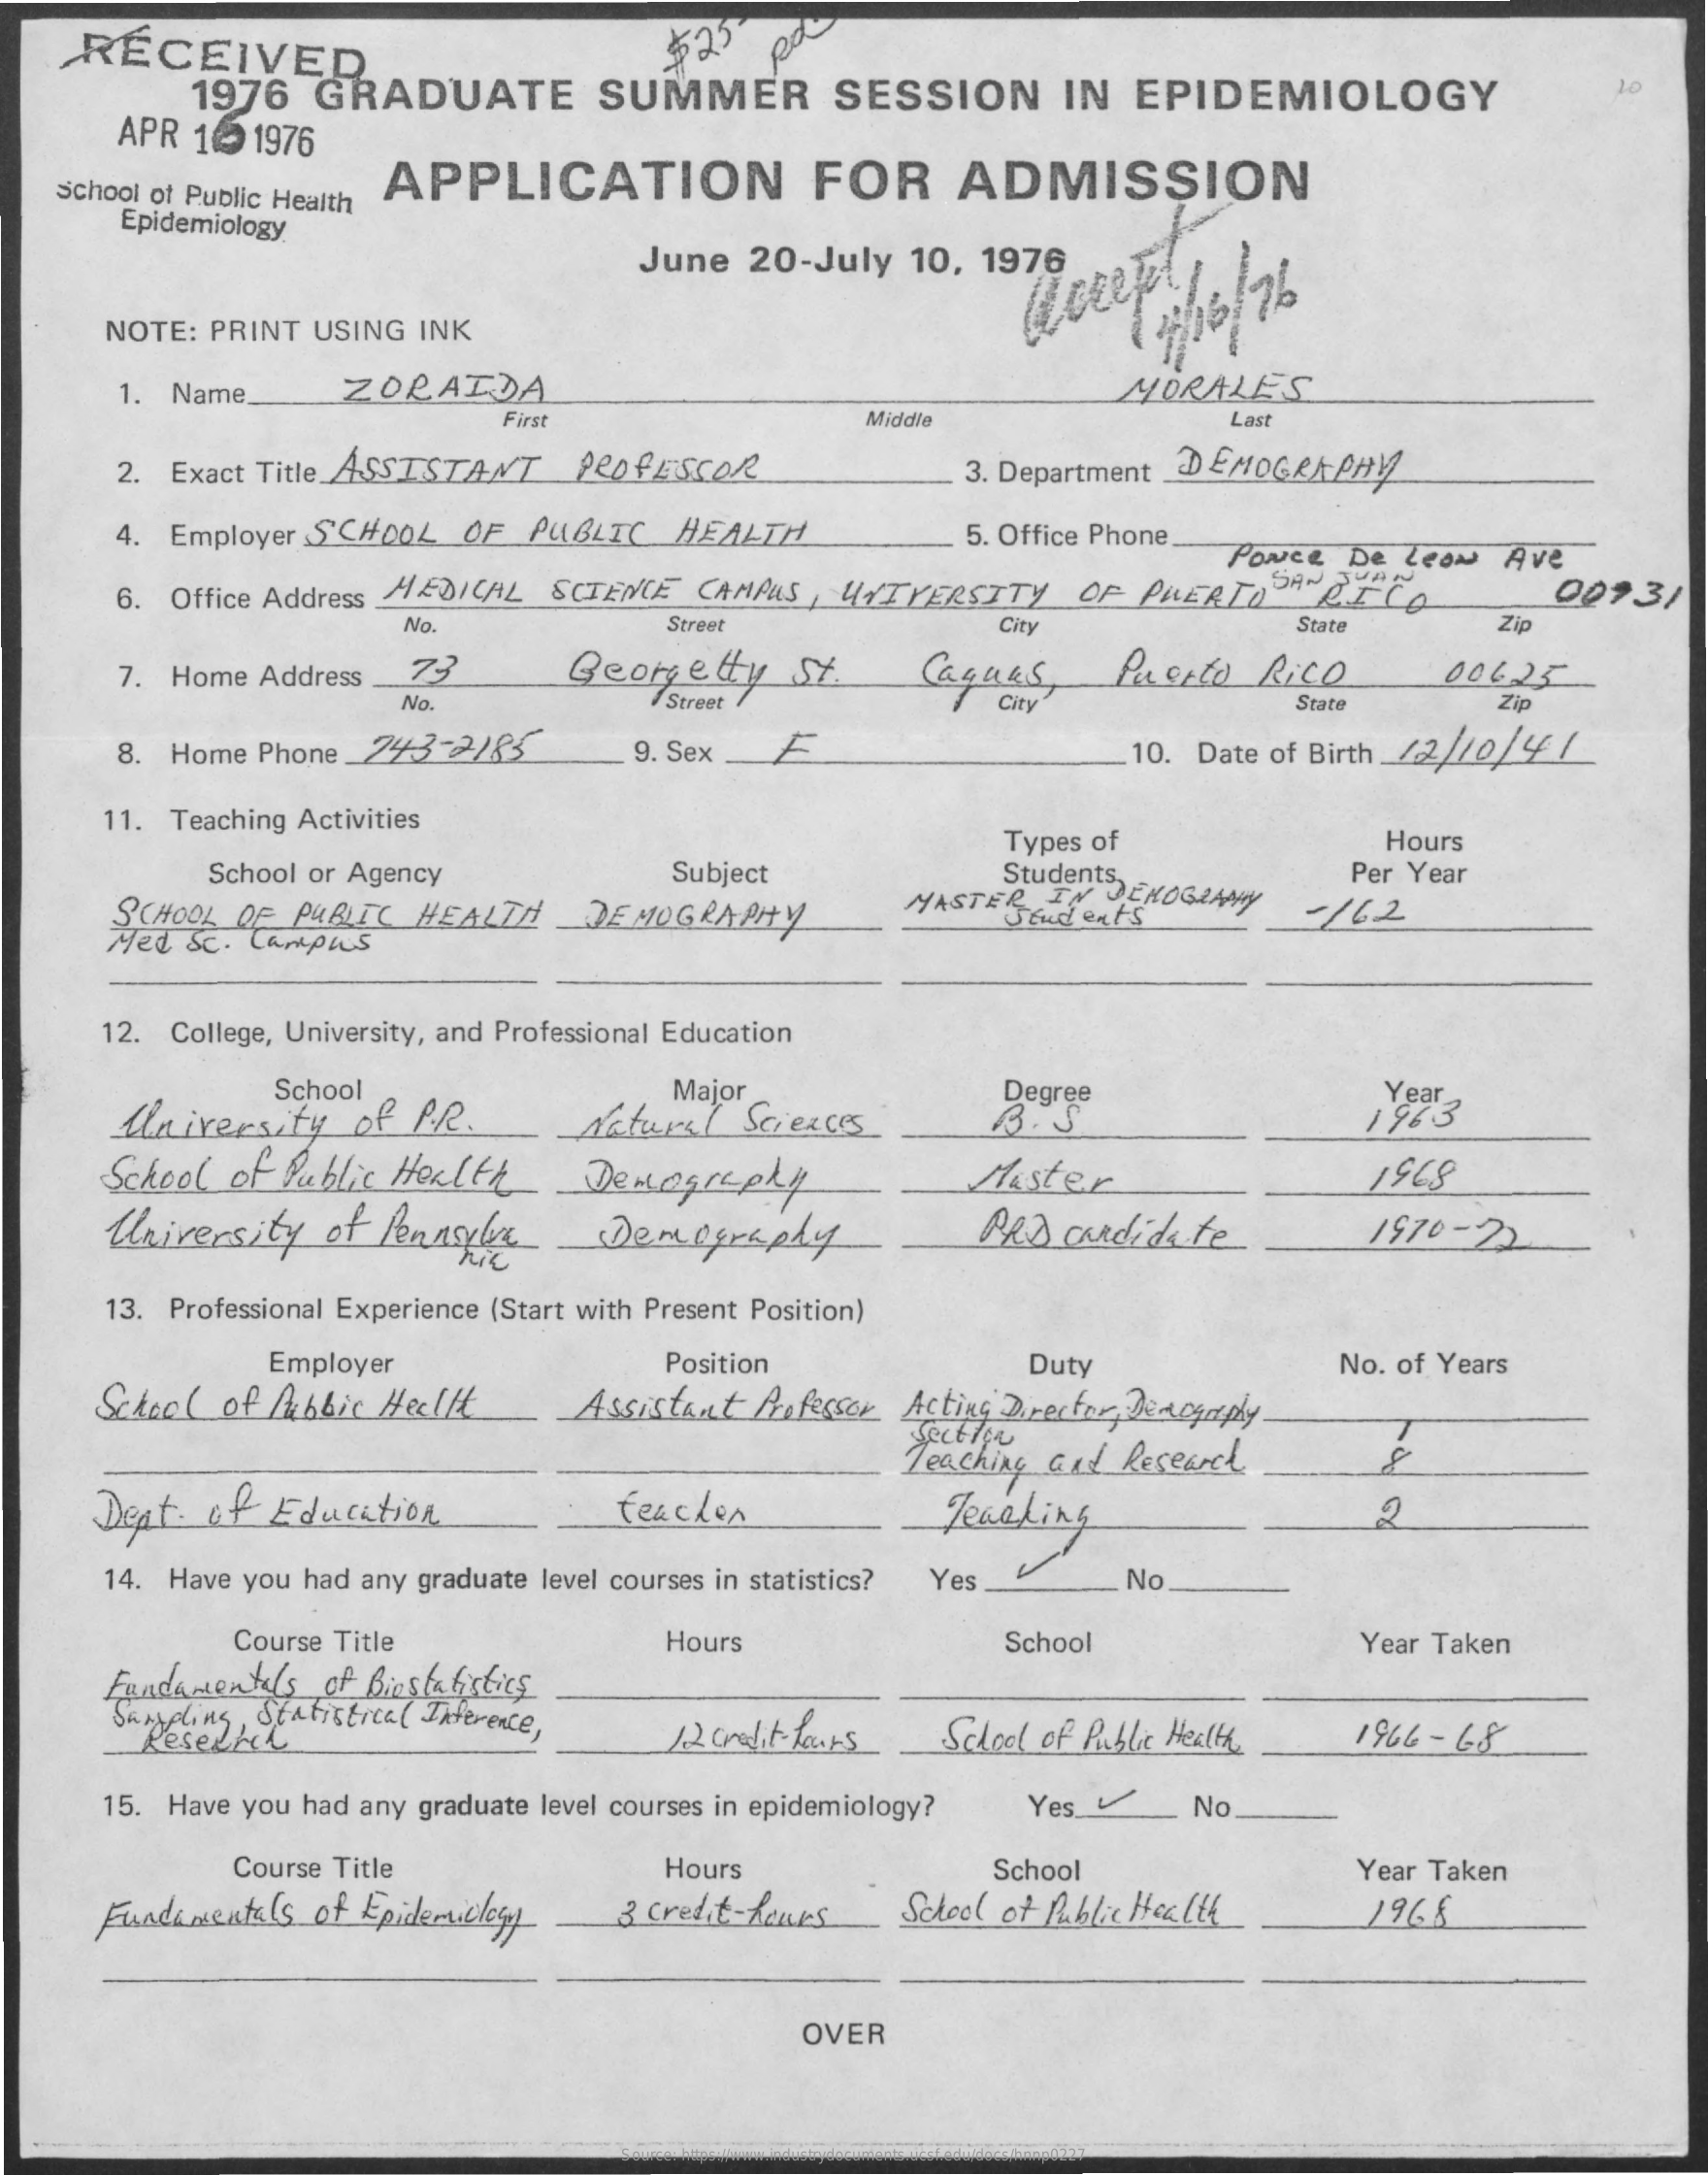
RECEIVED    $25
     1976  GRADUATE    SUMMER    SESSION   IN  EPIDEMIOLOGY    10
     APR 16 1976
   School of Public Health
     APPLICATION    FOR    ADMISSION
     Epidemiology
     June 20-July 10, 1976
     NOTE: PRINT USING INK
     1. Name   ZORAIDA    MORALES
     Firs    Middle    Last
     2. Exact Title ASSISTANT Professor    3. Department _DEMOGRAPHY
     4. Employer SCHOOL OF PUBLIC HEALTH    5. Office Phone.
     PONce De Leon Ave
     6. Office Address MEDICAL SCIENCE CAMPUS, UNIVERSITY OF PUERTO RICO 0093/
     No.    Street    City    State    Zip
     7. Home Address 73   Georgetty St.   Caguas , Puerto Rico
     No.    / Street    City
     00625
     State    Zip
     8. Home Phone _243 -2/85 9. Sex    10. Date of Birth 12/10/4 /
     11. Teaching Activities
     Types of    Hours
     School or Agency    Subject    Students, EKOGRAMY
     Per Year
     SCHOOL OF PUBLIC HEALTH _ DEMOGRAPHY MASTER IN Jeudents -/62
     Med Sc. Campus
     12. College, University, and Professional Education
     School
     University of P.R .
     Major    Degree    Year_
     Natural Sciences    B. S.    1923
     School of Public Health Demography    Master    1968
     University of Pennsyles Demography
     hic
     PRD candidate    1970-22
     13. Professional Experience (Start with Present Position)
     Employer    Position    Duty    No. of Years
     School of Public Health Assistant Professor Acting Director, Denegaply.
     Section
     Teaching and Research
     Dept. of Education    teacher    Teaching
     14. Have you had any graduate level courses in statistics? Yes No
     Course Title    Hours    School    Year Taken
     Fundamentals of Biostatistics
     Sampling, Statistical Inference,
     Resedit    12 credit- tours School of Public Health 1966- 68
     15. Have you had any graduate level courses in epidemiology? Yes_ _ No
     Course Title    Hours    School    Year Taken
     Fundamentals of Epidemiology 3 credit-hours School of Public Health 1966
     OVER
     Source: https://www.industrydocuments.ucsf.edu/docs/hnnp0227